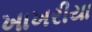
ખાખરીયા